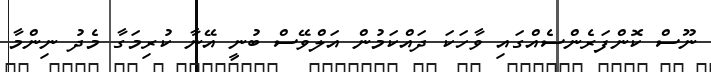
ނޫސް ކޮންފަރެންސެއްގައި ވާހަކަ ދައްކަމުން އަލްވޭސް ބުނީ އޭނާ ކުރިމަގާ މެދު ނިންމާ